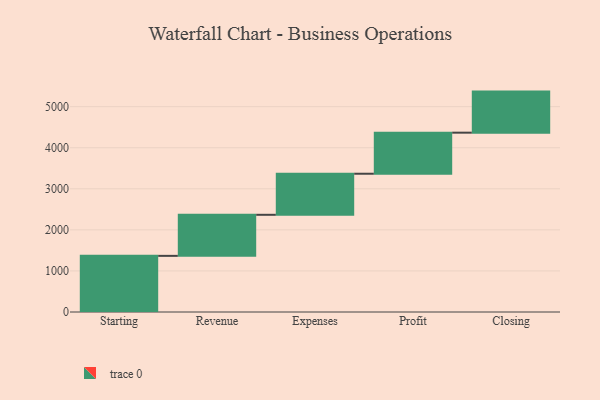
{"axis": {"x": "Step", "y": "Value"}, "legend": [""], "data": [{"x": "Starting", "y": 1367.0, "type": ""}, {"x": "Revenue", "y": 1000, "type": ""}, {"x": "Expenses", "y": 1000, "type": ""}, {"x": "Profit", "y": 1000, "type": ""}, {"x": "Closing", "y": 1000, "type": ""}]}